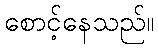
စောင့်နေသည်။